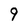
Character: 9